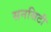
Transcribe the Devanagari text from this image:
सनसिटी